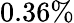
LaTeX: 0.36\%